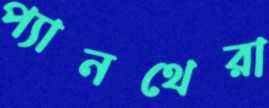
প্যানথেরা